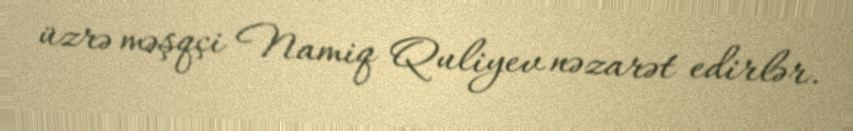
üzrə məşqçi Namiq Quliyev nəzarət edirlər.